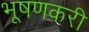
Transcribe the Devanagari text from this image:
भूषणकरी